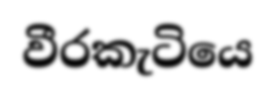
වීරකැටියෙ